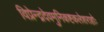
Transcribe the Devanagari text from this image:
विप्रेन्द्रदेवमुनिकष्टकलेशराहोः